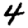
Digit: 4